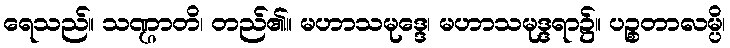
ရေသည်။ သဏ္ဌာတိ၊ တည်၏။ မဟာသမုဒ္ဒေ၊ မဟာသမုဒ္ဒရာ၌။ ပဉ္စတာလမ္ပိ၊